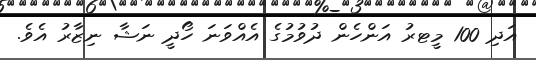
އަދި 100 މީޓރު އަންހެން ދުވުމުގެ އެއްވަނަ ހޯދީ ނަޝާ ނިޒާރު އެވެ.